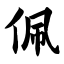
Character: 佩